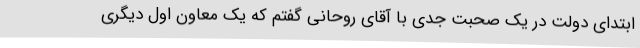
ابتدای دولت در یک صحبت جدی با آقای روحانی گفتم که یک معاون اول دیگری